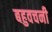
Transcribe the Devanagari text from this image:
बहुवचनी